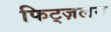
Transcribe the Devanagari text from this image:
फिट्ज़लन